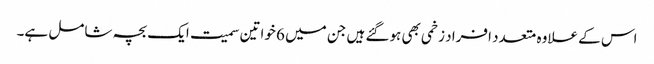
اس کے علاوہ متعدد افراد زخمی بھی ہوگئے ہیں جن میں 6 خواتین سمیت ایک بچہ شامل ہے۔